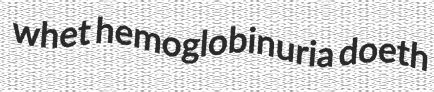
whet hemoglobinuria doeth